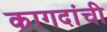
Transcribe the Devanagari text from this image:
कागदांची